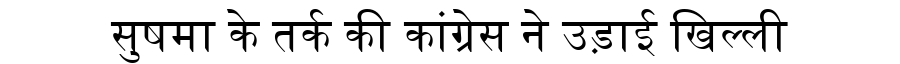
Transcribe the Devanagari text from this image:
सुषमा के तर्क की कांग्रेस ने उड़ाई खिल्ली